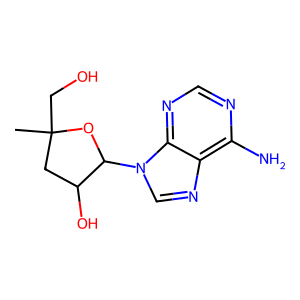
SMILES: CC1(CO)CC(O)C(n2cnc3c(N)ncnc32)O1
Inhibits HIV replication: No